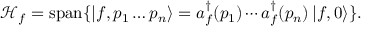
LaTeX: { \mathcal { H } } _ { f } = \operatorname { s p a n } \{ \left| f , p _ { 1 } \ldots p _ { n } \right\rangle = a _ { f } ^ { \dagger } ( p _ { 1 } ) \cdots a _ { f } ^ { \dagger } ( p _ { n } ) \left| f , 0 \right\rangle \} .